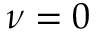
\nu = 0